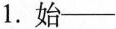
1.始——